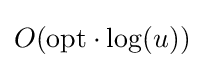
O(\mathrm {opt} \cdot \log(u))